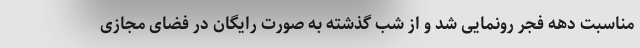
مناسبت دهه فجر رونمایی شد و از شب گذشته به صورت رایگان در فضای مجازی